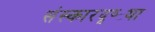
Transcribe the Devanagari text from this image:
संस्कारदृष्ट्या